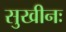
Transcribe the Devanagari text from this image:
सुखीनः